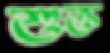
শুক্ত